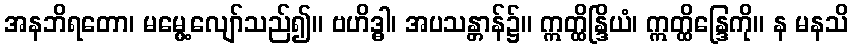
အနဘိရတော၊ မမွေ့လျော်သည်၍။ ဗဟိဒ္ဓါ၊ အပသန္တာန်၌။ ဣတ္ထိန္ဒြိယံ၊ ဣတ္ထိန္ဒြေကို။ န မနသိ